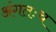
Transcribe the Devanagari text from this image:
अंगतःच